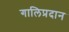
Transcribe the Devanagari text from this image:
गालिप्रदान